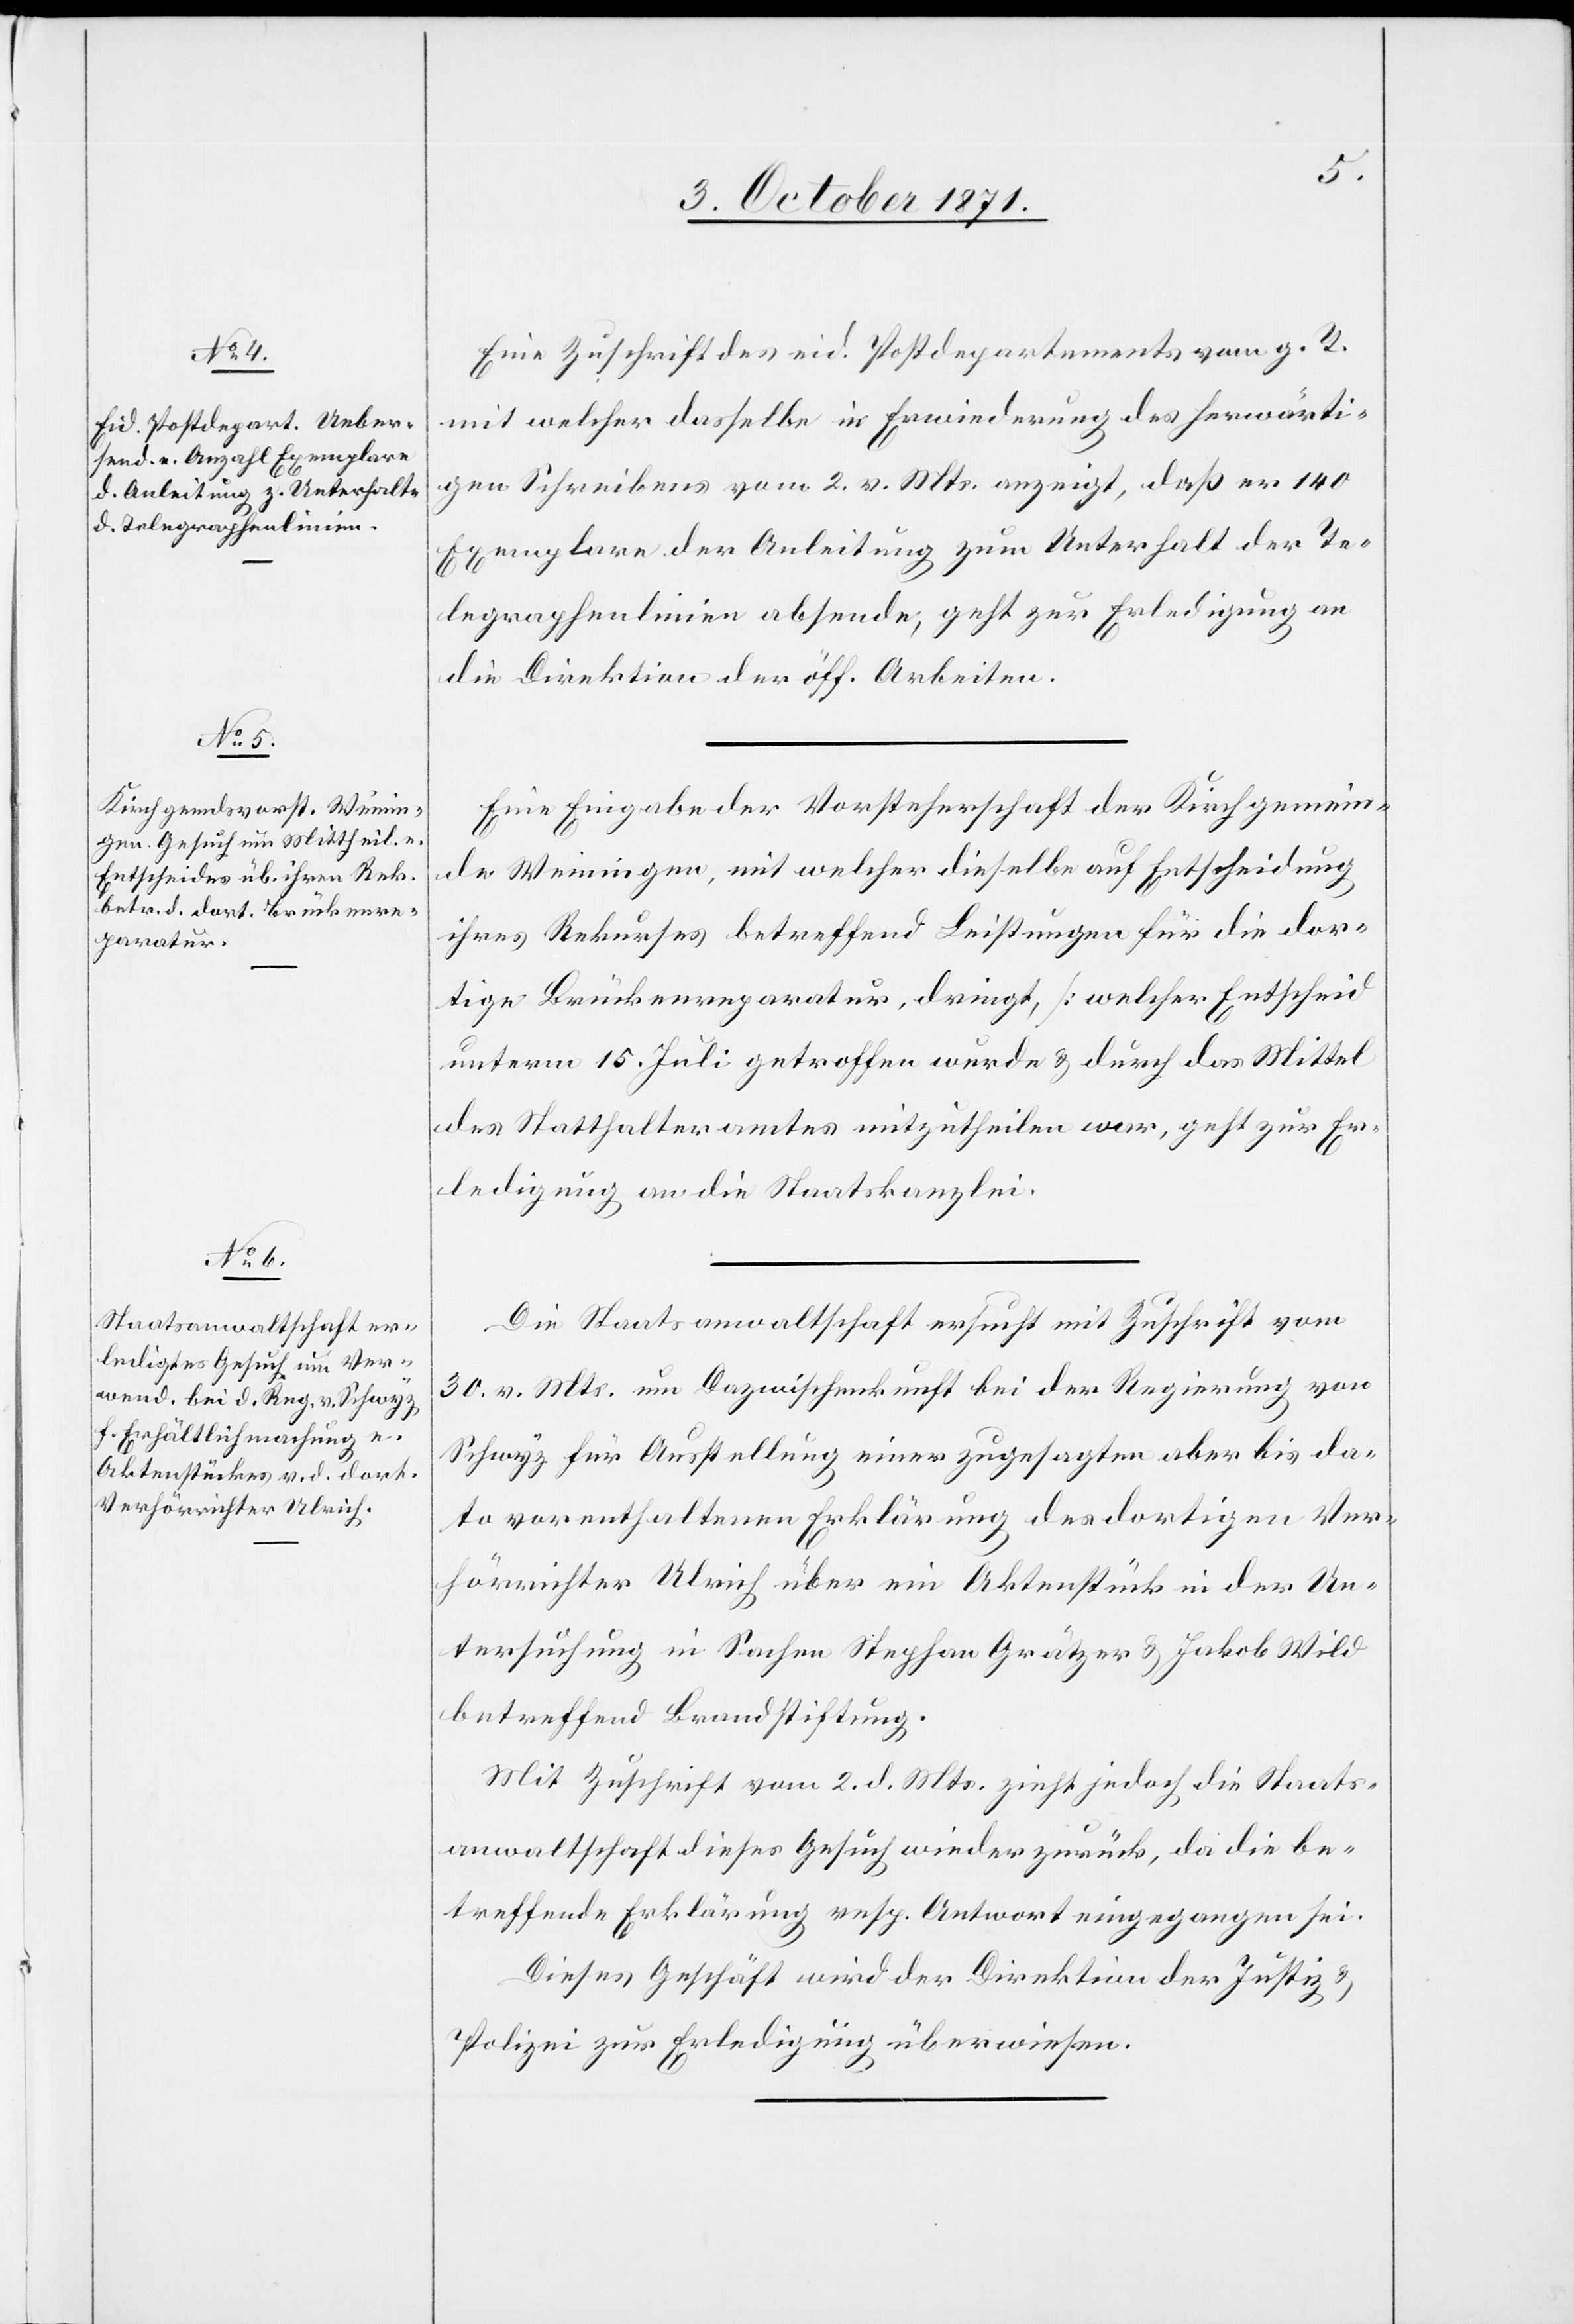
3. October 1871.]
Eine Zuschrift des eid. Postdepartements vom g. T.
mit welcher dasselbe in Erwiederung des herwärti¬
gen Schreibens vom 2. v. Mts. anzeigt, daß er es 140
Exemplare der Anleitung zum Unterhalt der Te¬
legraphenlinie absende, geht zur Erledigung an
die Direktion der öff. Arbeiten.
Eine Eingabe der Vorsteherschaft der Kirchgemein¬
de Weiningen, mit welcher dieselbe auf Entscheidung
ihres Rekurses betreffend Leistungen für die dor¬
tige Brückenreparatur, dringt, [welcher Entscheid
unterm 15. Juli getroffen wurde & durch das Mittel
des Statthalteramtes mitzutheilen war], geht zur Er¬
ledigung an die Staatskanzlei.
Die Staatsanwaltschaft ersucht mit Zuschrift vom
30. v. Mts. um Dazwischenkunft bei der Regierung von
Schwyz für Ausstellung einer zugesagten aber bis da¬
to vorenthaltenen Erklärung des dortigen Ver¬
hörrichter Ulrich über ein Aktenstück in der Un¬
tersuchung in Sachen Stephan Grätzer & Jakob Wild
betreffend Brandstiftung.
Mit Zuschrift vom 2. d. Mts. zieht jedoch die Staats¬
anwaltschaft dieses Gesuch wieder zurück, da die be¬
treffende Erklärung resp. Antwort eingegangen sei.
Dieses Geschäft wird der Direktion der Justiz &
Polizei zur Erledigung überwiesen.